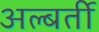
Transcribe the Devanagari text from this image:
अल्बर्ती